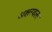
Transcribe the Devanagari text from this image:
अक्षरवला